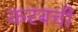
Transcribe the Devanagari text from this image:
करबची